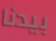
بيدنا